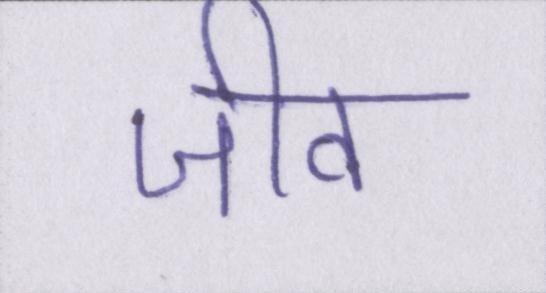
जीव